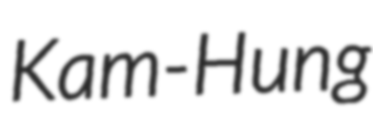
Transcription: Kam-Hung